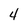
Character: 4